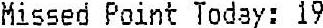
MISSED POINT TODAY: 19